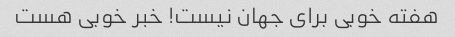
هفته خوبی برای جهان نیست! خبر خوبی هست